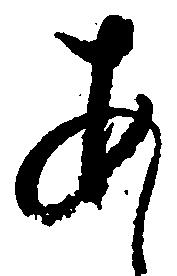
あ